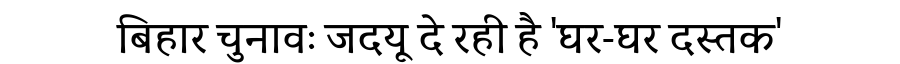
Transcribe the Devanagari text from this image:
बिहार चुनावः जदयू दे रही है 'घर-घर दस्तक'